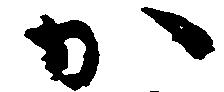
か